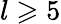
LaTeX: l\geqslant 5